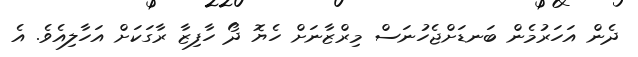
ދެން އަހަރުމެން ބަނޑަށްޖެހުނަސް މިރްޒާނަށް ހެޔޮ ދޯ ހާފިޒާ ރާގަކަށް އަހާލިއެވެ. އެ